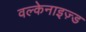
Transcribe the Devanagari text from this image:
वल्केनाइज़्ड